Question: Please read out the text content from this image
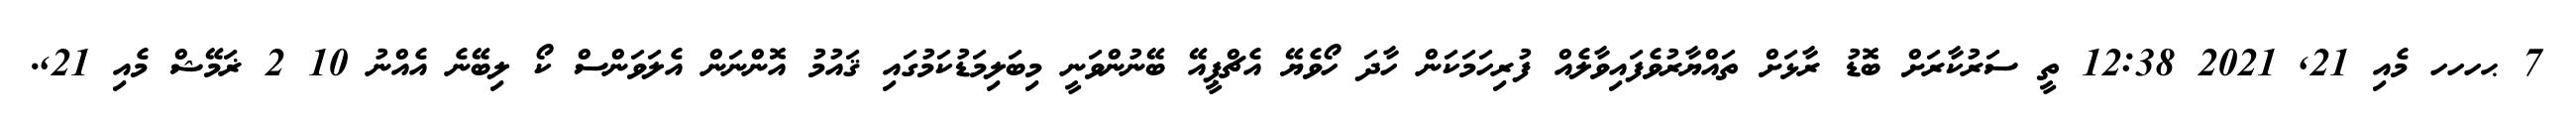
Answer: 7 ޙހހހ މެއި 21, 2021 12:38 ތީ ސަރުކާރަށް ބޮޑު ރާޅަށް ތައްޔާރުވެފައިވާލެއް ފުރިހަމަކަން ހާދަ ހޯވެޔޭ އެޗްޕީއޭ ބޭނުންވަނީ މިބަލިމަޑުކަމުގައި ޤައުމު އޮންނަން އެލަވަންސް ކޯ ލިބޭނެ އެއްނު 10 2 ޜަމޭޝް މެއި 21,.